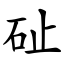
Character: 砋